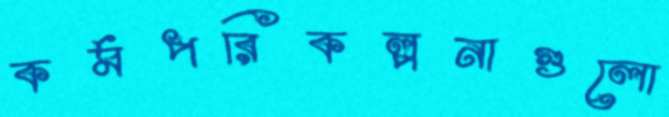
কর্মপরিকল্পনাগুলো